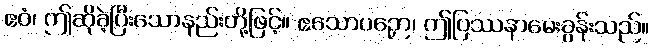
ဧဝံ၊ ဤဆိုခဲ့ပြီးသောနည်းတို့ဖြင့်။ ဧသောပဉှော၊ ဤပြဿနာမေးခွန်းသည်။